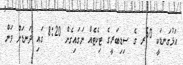
އަޅުގަނޑަކީ 50ރ ގެ ސިޑިބަރީގެ ޓިކެޓެއް ނަގައިގެން 8:20 ގައި ދަނޑަށް ވަން